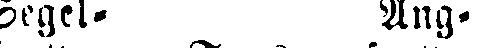
Segel. Ang.